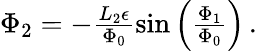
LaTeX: \begin{array}{r}{\Phi_{2}=-\frac{L_{2}\epsilon}{\Phi_{0}}\sin\left(\frac{\Phi_{1}}{\Phi_{0}}\right)\, .}\end{array}